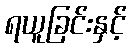
ရယူခြင်းနှင့်